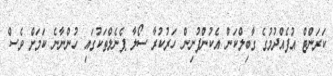
ކަރަންޓް އުފެއްދުމުގެ ގާބިލްކަން އެކުންފުނިން ހަރުކުރާ ސޯލާ ޕެނެލްތަކުގައި ހުންނާނެ ކަމަށް ވެސް